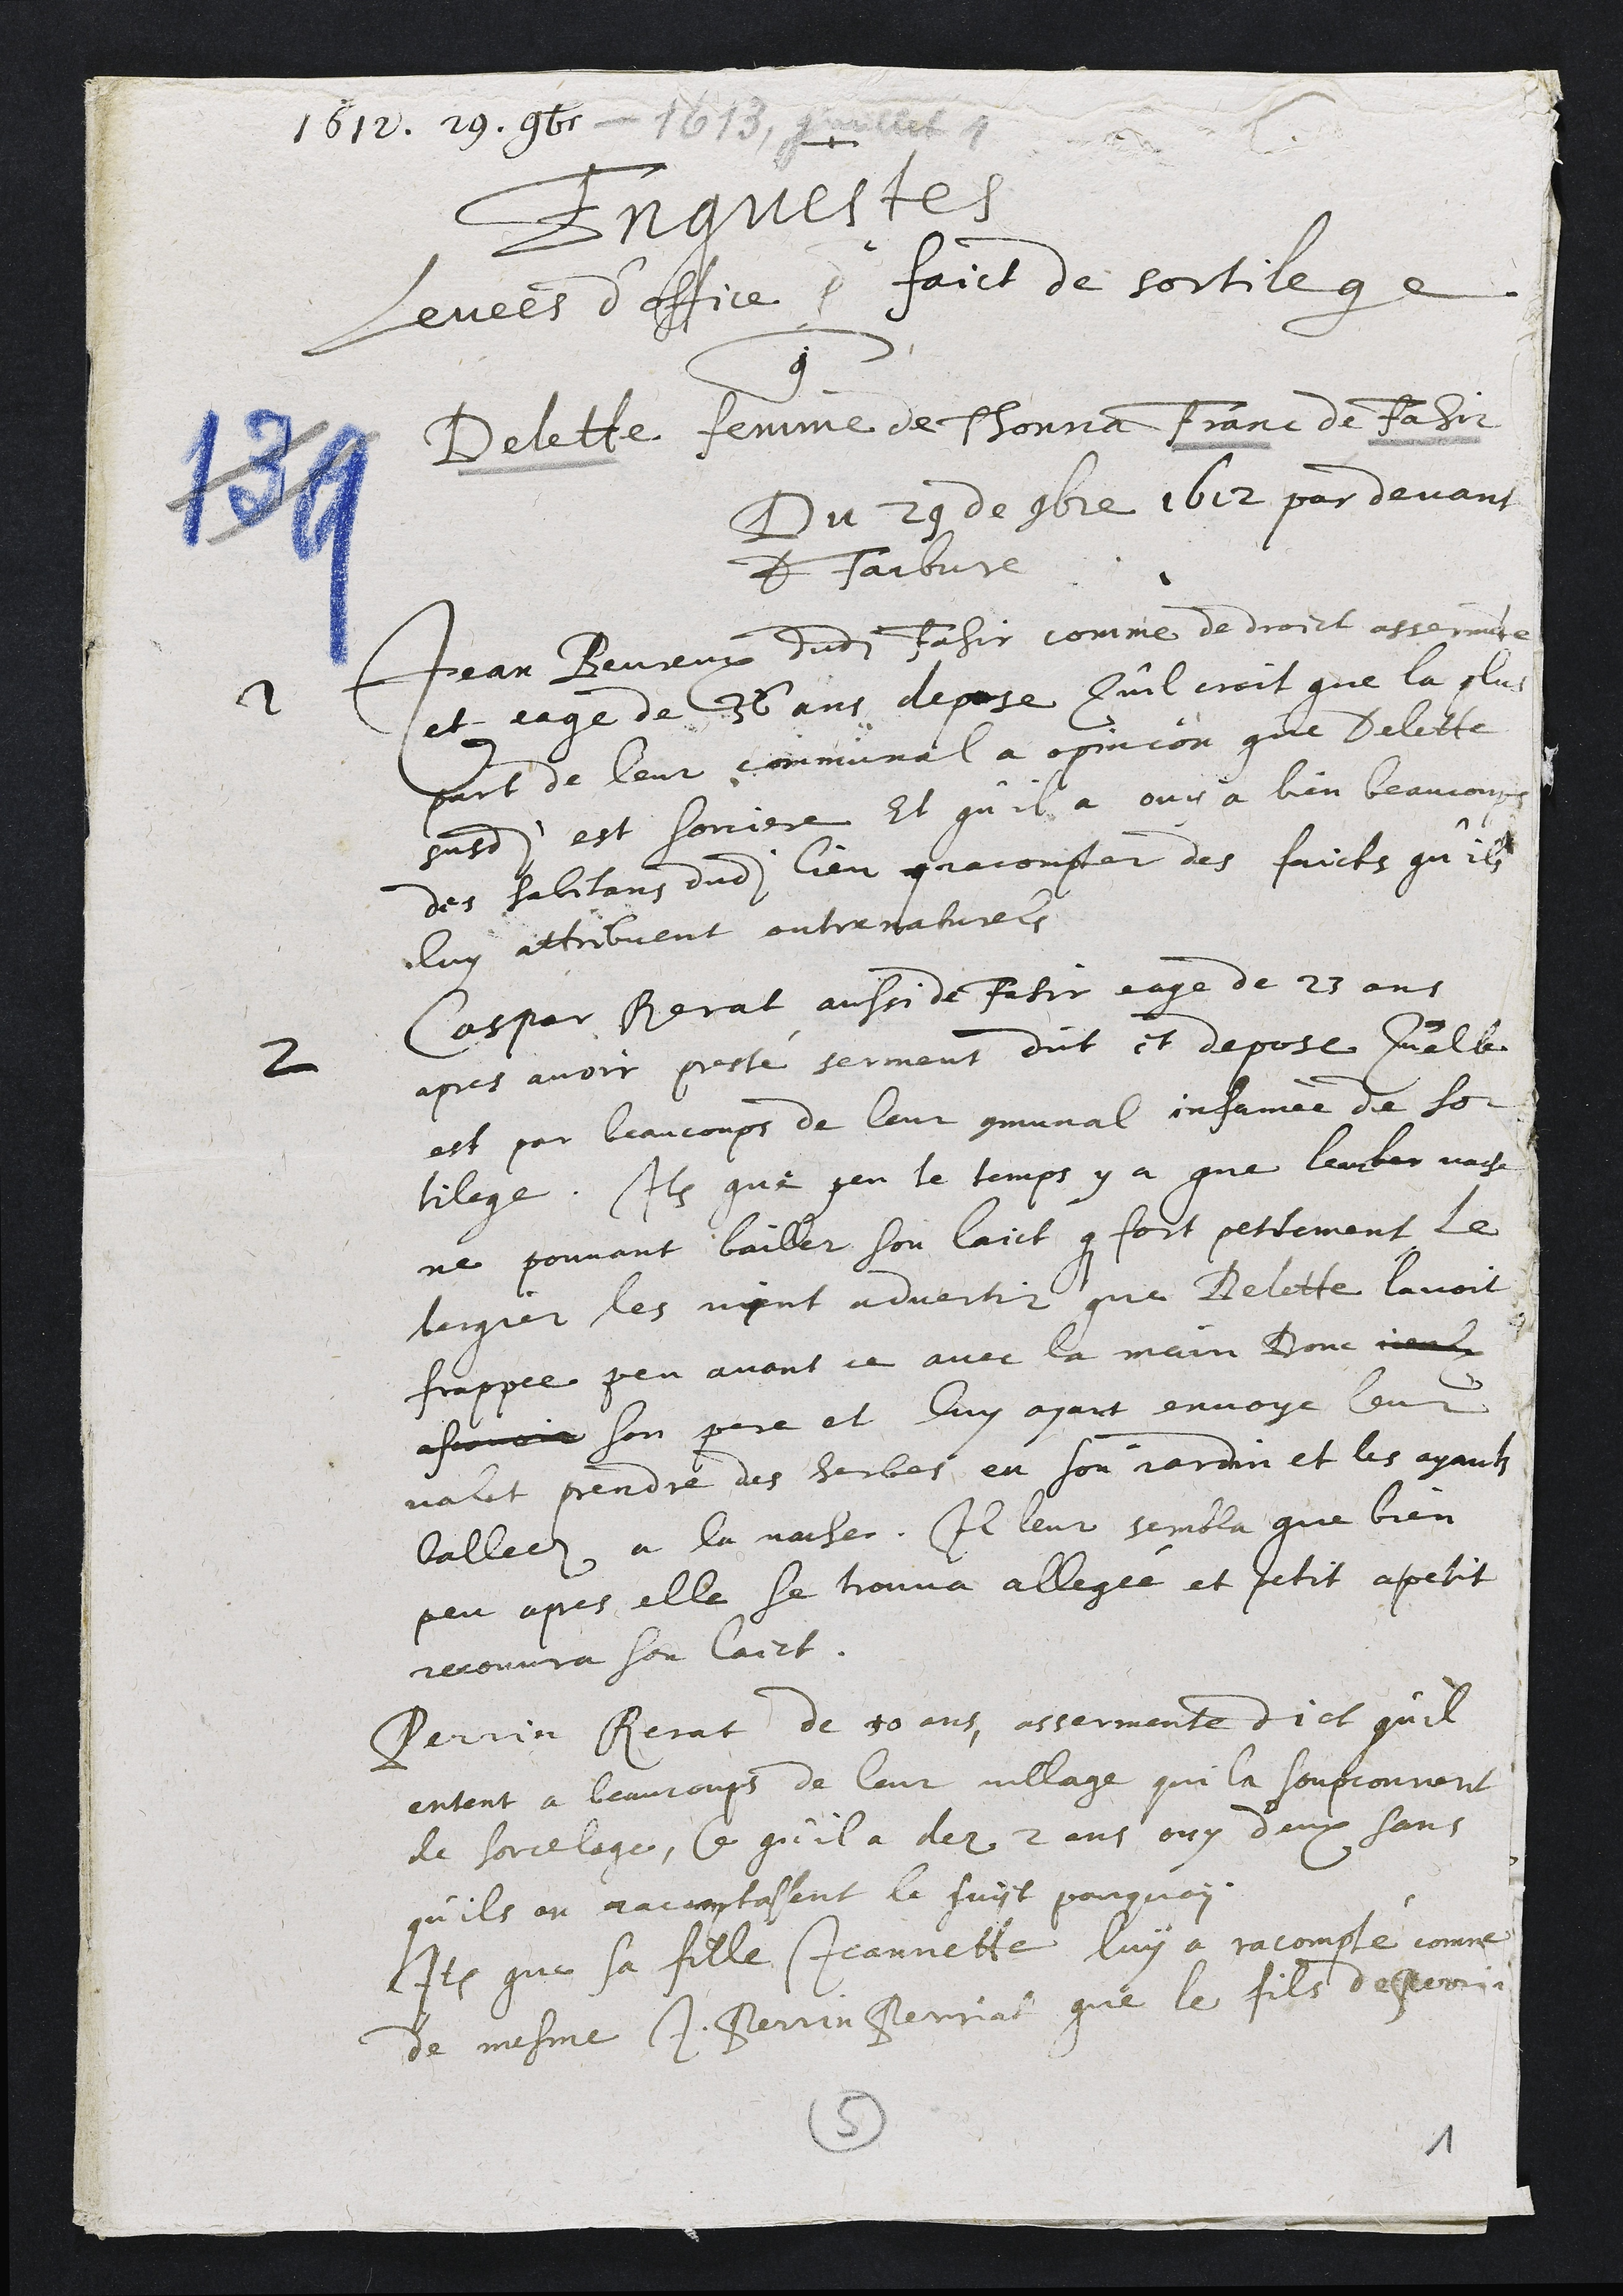
1612. 29. 9b - 1613. 11
Engnestes
levees d’ffice po faict de sortilege
9
Delette femme de Thonna Franc de Fasir
Du 29 de ombre 1612 par devans
#faibvre
à Jean Beureux dudit fasir comme de droict astermnte
et eage de 36 ans, depose Qu’il croit que la plus
part de leur communal a opinion que Delitte
susdite est sorciere, Et qu’il a ouy à bien beaucoup
des habitans dudit lieu gracompter des faicts qu’ils
luy attribvent outrenatures
2 Caspar Perat aussi de fatir eage de 25 ans
apres avoir presté serment dit et depose q'elles
est par beaucoups de leur communal infamée du sor
tilege. Item que jen le temps y a que leurer vage
ne pouvant bailler son laict coue fort pettement le
lergier les mynt advertir que Delette lavoit
frappee peu avant ce avec la main Done jieus
afionere son pere et luy ayant envoye leur
valit prendre des herbes, en son rardin et les ayants
balledz a la vache. Il leur sembla que bien
peu apres elle se trouva allegée et jetit apetit
recouvra son laict.
Perrin Perat de 50 ans, assermente dict qu’il
entent a leaucoups de leur village qui la soupconnent
de sorcelage, Ce qu'il a der 2 ans ouy deux sans
qu'ils on racuptosent le suyt parquoy
Item que sa fille Jeannette luy a racomste comme
de mesme I Ferrin Perriat que le fils depporr-
8
1